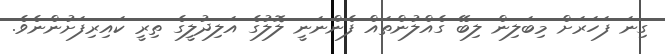
ގިނަ ފަހަރަށް މިބަލިން ލިބޭ ގެއްލުންތައް ފެންނަނީ ލޮލުގެ އަލިދުލީގެ ތިރީ ކައިރިފަށުންނެވެ.